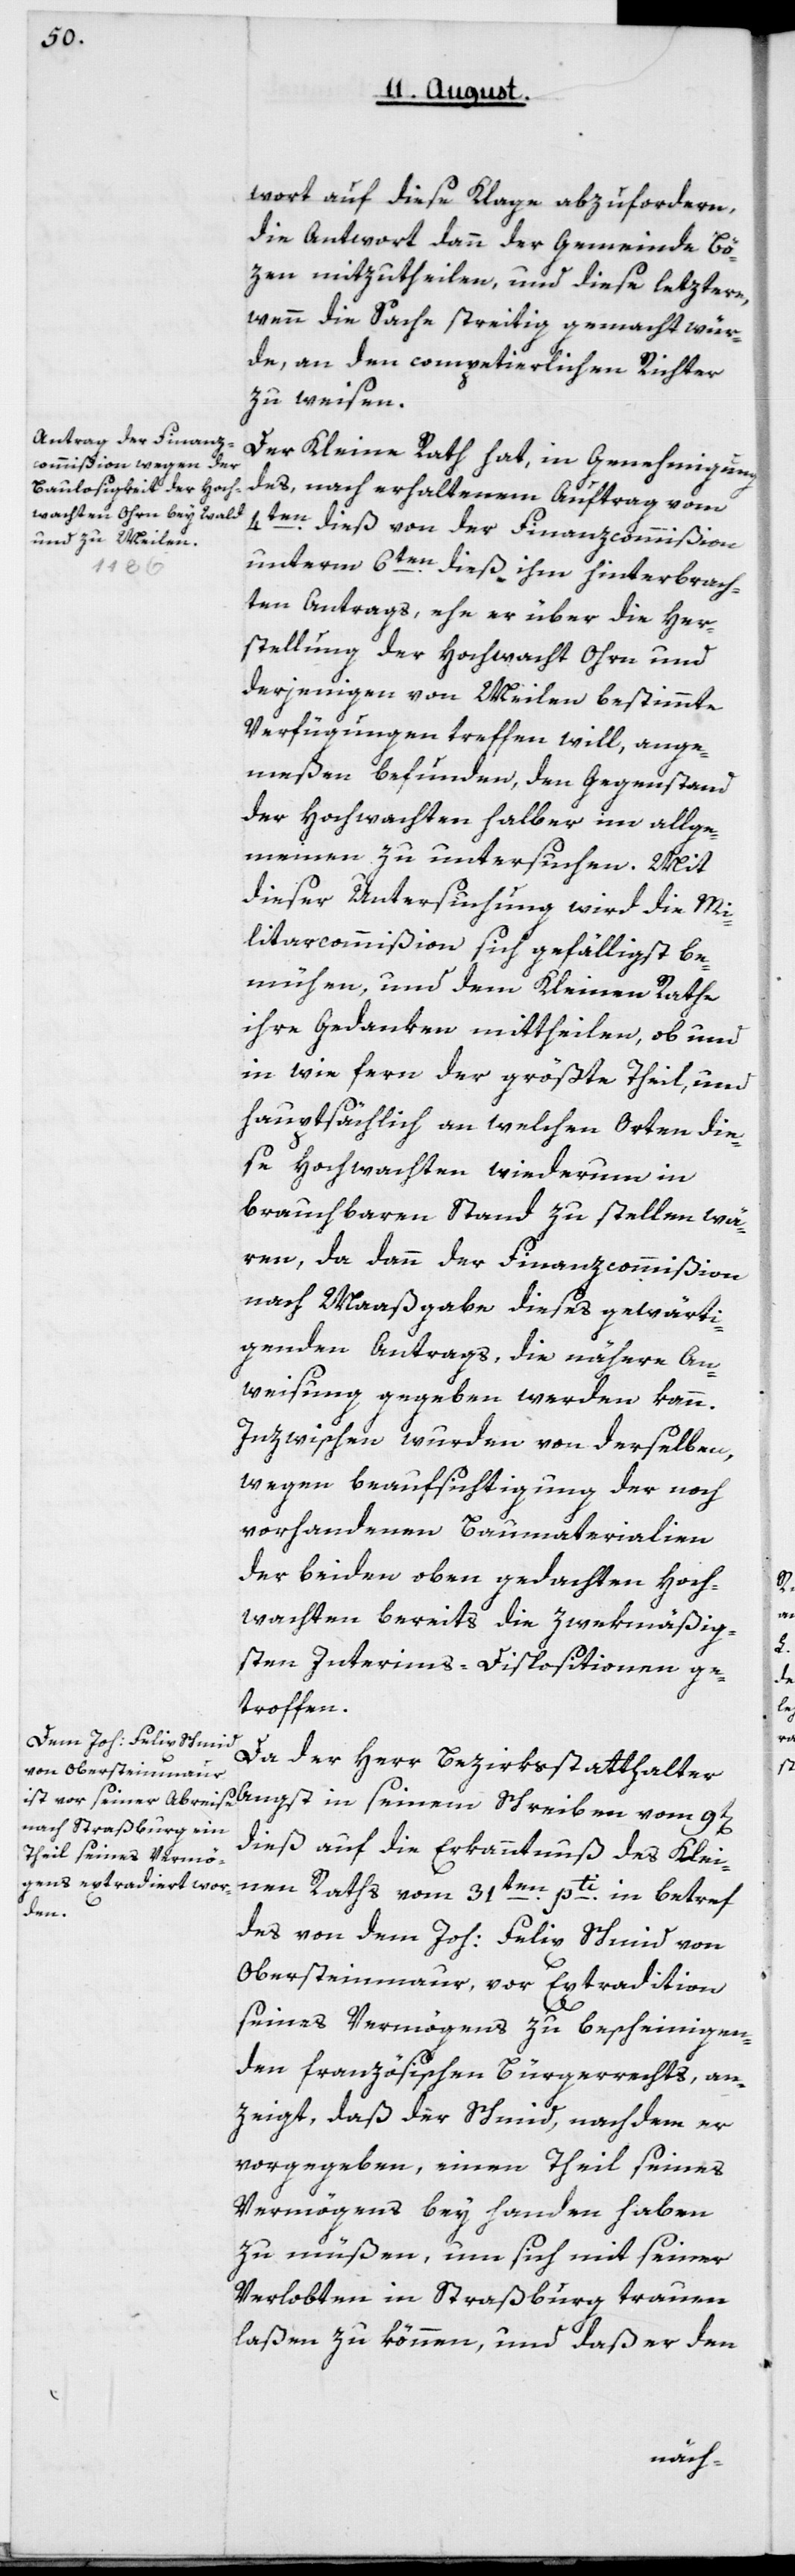
wort auf diese Klage abzuforderen,
die Antwort dann der Gemeinde Bö¬
zen mizutheilen, und diese leztere,
wenn die Sache streitig gemacht wür¬
de, an den competierlichen Richter
zu weisen.
Der Kleine Rath hat, in Genehmigung
des, nach erhaltenem Auftrag vom
4ten dieß von der Finanzcommißion
unterm 6ten dieß ihm hinterbrach¬
ten Antrags, ehe er über die Her¬
stellung der Hochwacht Ohrn und
derjenigen von Meilen bestimmte
Verfügungen treffen will, ange¬
meßen befunden, den Gegenstand
der Hochwachten halber im Allge¬
meinen zu untersuchen. Mit
dieser Untersuchung wird die Mi¬
litarcommißion sich gefälligst be¬
mühen, und dem Kleinen Rathe
ihre Gedanken mittheilen, ob und
in wie fern der größte Theil, und
hauptsächlich an welchen Orten die¬
se Hochwachten wiederum in
brauchbaren Stand zu stellen wä¬
ren, da dann der Finanzcommißion
nach Maßgabe dieses gewärti¬
genden Antrags, die nähere An¬
weisung gegeben werden kann.
Inzwischen wurden von derselben,
wegen Beaufsichtigung der noch
vorhandenen Baumaterialien
der beiden oben gedachten Hoch¬
wachten bereits die zwekmäßig¬
sten Interims-Dispositionen ge¬
troffen.
Da der Herr Bezirksstatthalter
Angst in seinem Schreiben vom 9ten
dieß auf die Erkanntnuß des Klei¬
nen Raths vom 31ten pti in betref
des von dem Joh. Felix Schmid von
Obersteinmaur, vor Extraditon
seines Vermögens zu bescheinigen¬
den französischen Bürgerrechts an¬
zeigt, daß der Schmid, nachdem er
vorgegeben, einen Theil seines
Vermögens bey Handen haben
zu müßen, um sich mit seiner
Verlobten in Straßburg trauen
laßen zu können, und daß er den